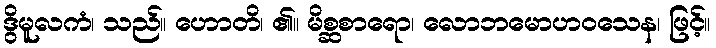
ဒွိမူလကံ၊ သည်။ ဟောတိ၊ ၏။ မိစ္ဆစာရော၊ လောဘမောဟဝသေန၊ ဖြင့်။